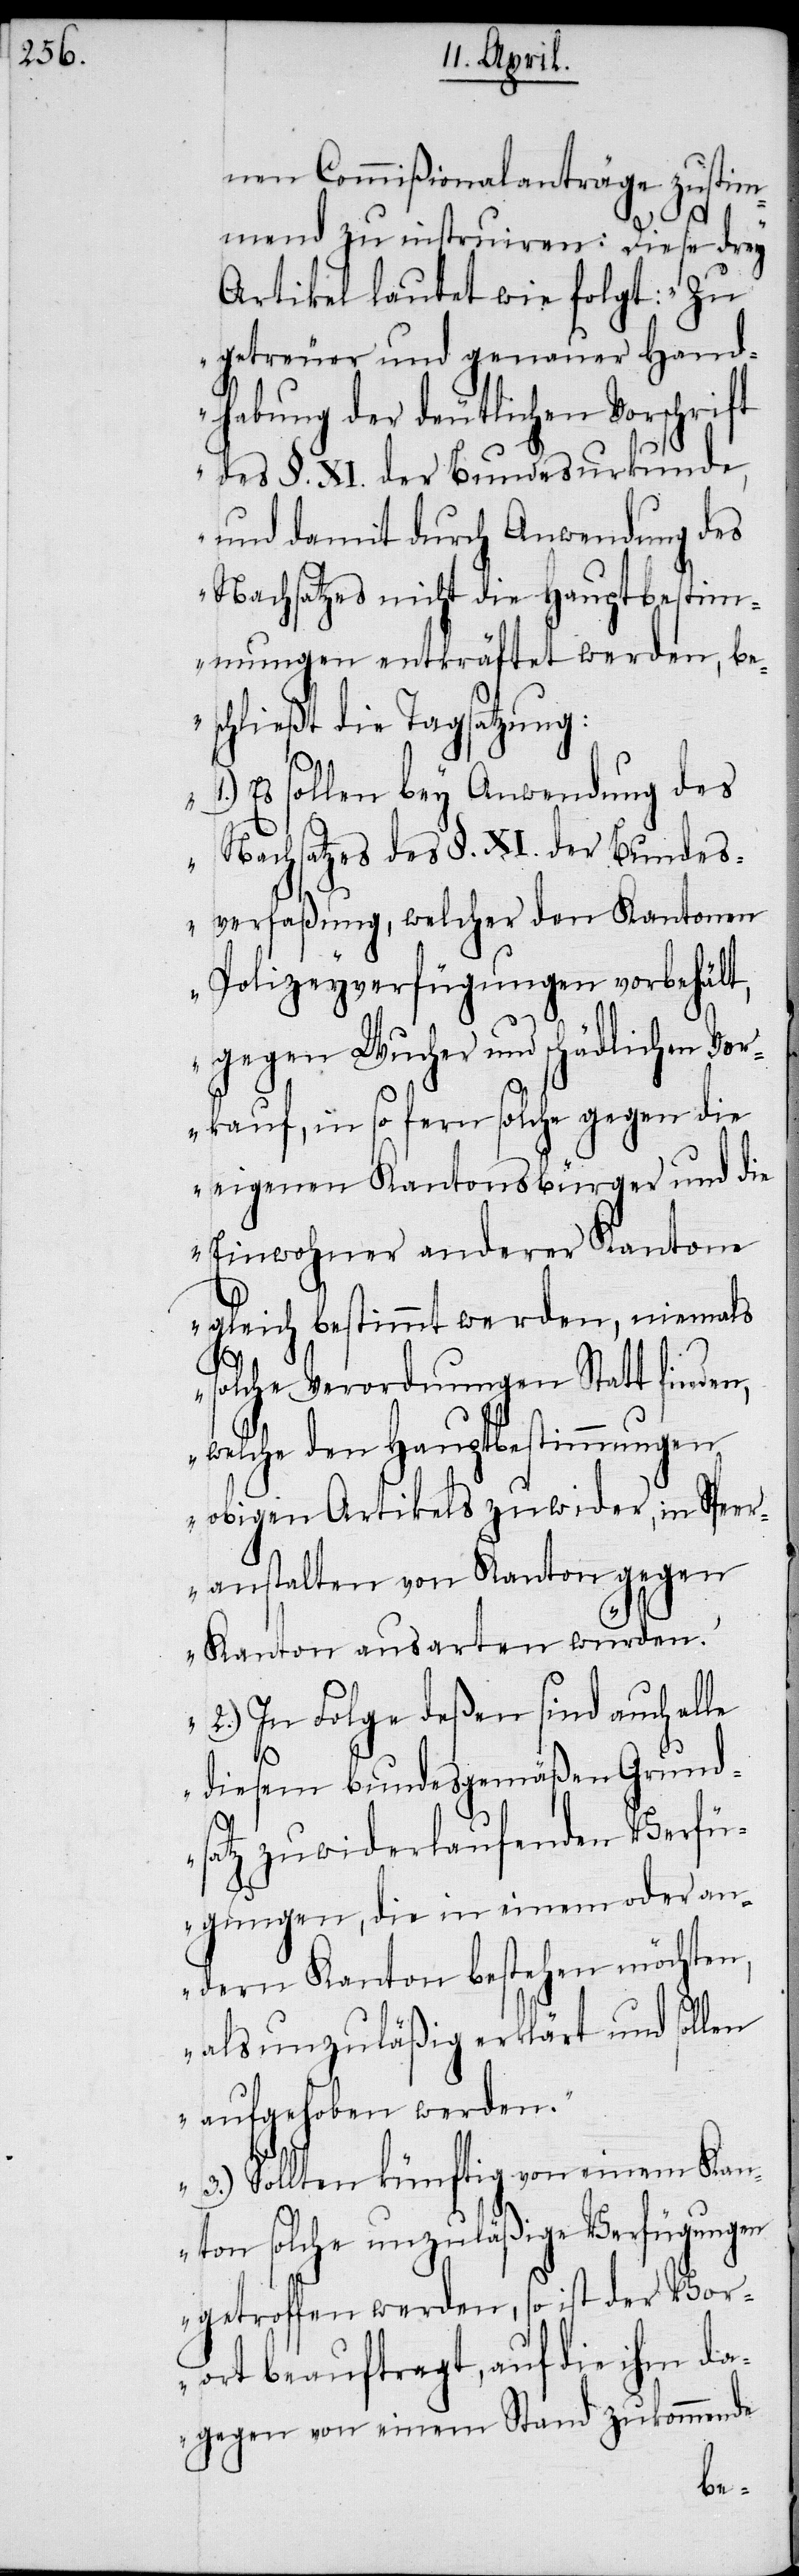
nen Commißionalanträge zustim¬
mend zu instruiren: Diese drey
Artikel lautet wie folgt: „Zu
getreuer und genauer Hand¬
habung der deutlichen Vorschrift
des §. XI. der Bundesurkunde,
und damit durch Anwendung des
Nachsatzes nicht die Hauptbestim¬
mungen entkräftet werden, be¬
schließt die Tagsatzung:
1.) Es sollen bey Anwendung des
Nachsatzes des §. XI. der Bundes¬
verfaßung, welcher den Kantonen
Polizeyverfügungen vorbehält,
gegen Wucher und schädlichen Vor¬
kauf, in so fern solche gegen die
eigenen Kantonsbürger und die
Einwohner anderer Kantone
gleich bestimmt werden, niemals
solche Verordnungen Statt finden,
welche den Hauptbestimmungen
obigen Artikels zuwider, in Speer¬
anstalten von Kanton gegen
Kanton ausarten würden.
2.) In Folge deßen sind auch alle
diesem bundesgemäßen Grund¬
satz zuwiderlaufenden Verfü¬
oder an¬
gungen, die in einem
dern Kanton bestehen möchten,
als unzuläßig erklärt und sollen
aufgehoben werden.“
„3.) Sollten künftig von einem Kan¬
ton solche unzuläßige Verfügungen
getroffen werden, so ist der Vor¬
ort beauftragt, auf die ihm da¬
gegen von einem Stand zukommende